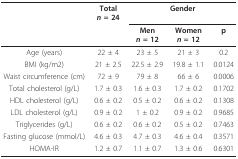
<table><thead><tr><td></td><td><b>Total<i>n </i>= 24</b></td><td colspan="3"><b>Gender</b></td></tr><tr><td></td><td></td><td><b>Men<i>n </i>= 12</b></td><td><b>Women<i>n </i>= 12</b></td><td><b>p</b></td></tr></thead><tbody><tr><td>Age (years)</td><td>22 ± 4</td><td>23 ± 5</td><td>21 ± 3</td><td>0.2</td></tr><tr><td>BMI (kg/m2)</td><td>21 ± 2.5</td><td>22.5 ± 2.9</td><td>19.8 ± 1.1</td><td>0.0124</td></tr><tr><td>Waist circumference (cm)</td><td>72 ± 9</td><td>79 ± 8</td><td>66 ± 6</td><td>0.0006</td></tr><tr><td>Total cholesterol (g/L)</td><td>1.7 ± 0.3</td><td>1.6 ± 0.3</td><td>1.7 ± 0.2</td><td>0.1702</td></tr><tr><td>HDL cholesterol (g/L)</td><td>0.6 ± 0.2</td><td>0.5 ± 0.2</td><td>0.6 ± 0.2</td><td>0.1308</td></tr><tr><td>LDL cholesterol (g/L)</td><td>0.9 ± 0.2</td><td>1 ± 0.2</td><td>0.9 ± 0.2</td><td>0.9685</td></tr><tr><td>Triglycerides (g/L)</td><td>0.6 ± 0.2</td><td>0.6 ± 0.2</td><td>0.5 ± 0.2</td><td>0.7463</td></tr><tr><td>Fasting glucose (mmol/L)</td><td>4.6 ± 0.3</td><td>4.7 ± 0.3</td><td>4.6 ± 0.4</td><td>0.3571</td></tr><tr><td>HOMA-IR</td><td>1.2 ± 0.7</td><td>1.1 ± 0.7</td><td>1.3 ± 0.6</td><td>0.6301</td></tr></tbody></table>